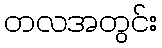
တလအတွင်း